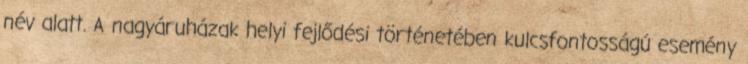
név alatt. A nagyáruházak helyi fejlődési történetében kulcsfontosságú esemény